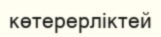
көтерерліктей